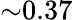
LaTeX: {\sim}0.37